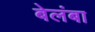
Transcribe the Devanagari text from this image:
बेलंबा